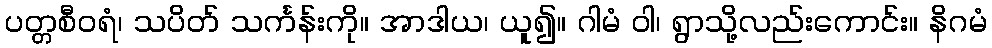
ပတ္တစီဝရံ၊ သပိတ် သင်္ကန်းကို။ အာဒါယ၊ ယူ၍။ ဂါမံ ဝါ၊ ရွာသို့လည်းကောင်း။ နိဂမံ